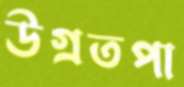
উগ্রতপা